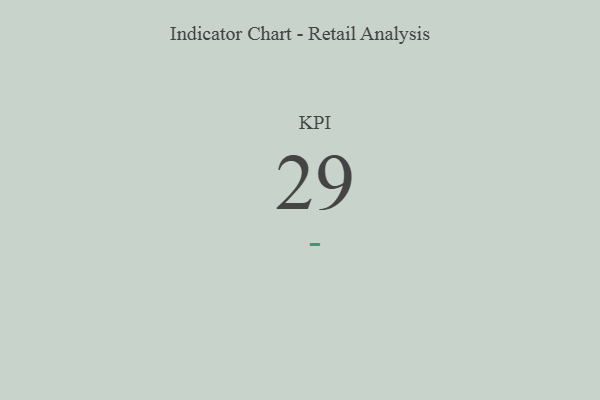
{"axis": {"x": "KPI", "y": "Value"}, "legend": [""], "data": [{"x": "KPI", "y": 29, "type": ""}]}